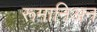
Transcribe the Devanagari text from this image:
रूमानिअन